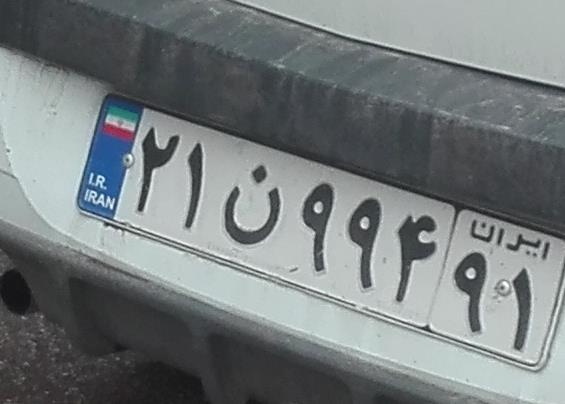
۲۱ن۹۹۴۹۱